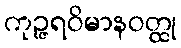
ကုဉ္ဇရဝိမာနဝတ္ထု